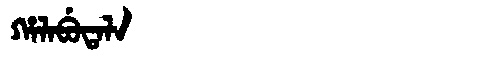
Manchu: ᡥᠠᠯᠠᠪᡠᡨᠠᠯᠠ
Romanization: HALABUTALA